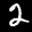
Label: 2